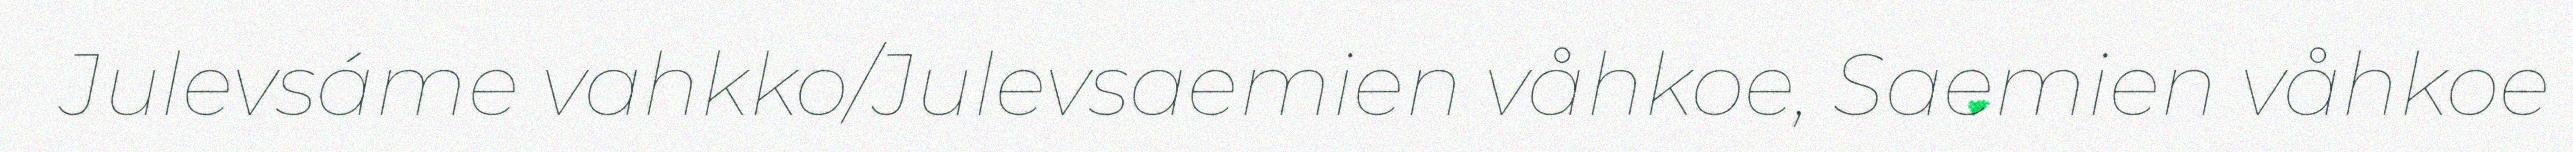
Julevsáme vahkko/Julevsaemien våhkoe, Saemien våhkoe